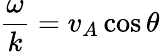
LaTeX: {\frac{\omega}{k}}=v_{A}\cos\theta